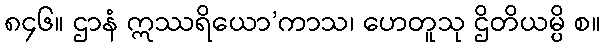
၈၄၆။ ဌာနံ ဣဿရိယော’ကာသ၊ ဟေတူသု ဌိတိယမ္ပိ စ။